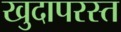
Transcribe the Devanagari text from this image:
खुदापरस्त